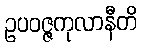
ဥပဝဇ္ဇကုလာနီတိ